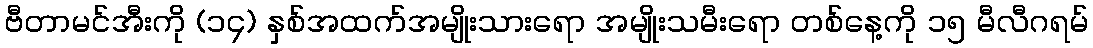
ဗီတာမင်အီးကို (၁၄) နှစ်အထက်အမျိုးသားရော အမျိုးသမီးရော တစ်နေ့ကို ၁၅ မီလီဂရမ်